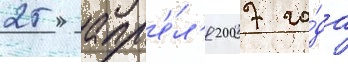
25 апр'е́л'я 2007 го́да